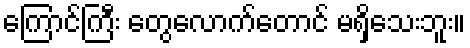
ကြောင်ကြီး တွေလောက်တောင် မရှိသေးဘူး။